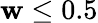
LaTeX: \mathbf{w}\leq0.5